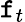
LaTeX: \mathtt{f}_{t}